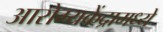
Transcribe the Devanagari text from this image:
आरोग्यकेंद्रामध्ये